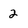
Character: 2